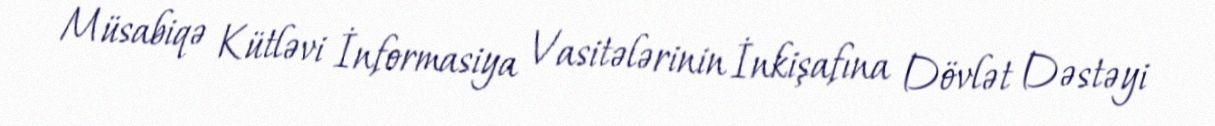
Müsabiqə Kütləvi İnformasiya Vasitələrinin İnkişafına Dövlət Dəstəyi